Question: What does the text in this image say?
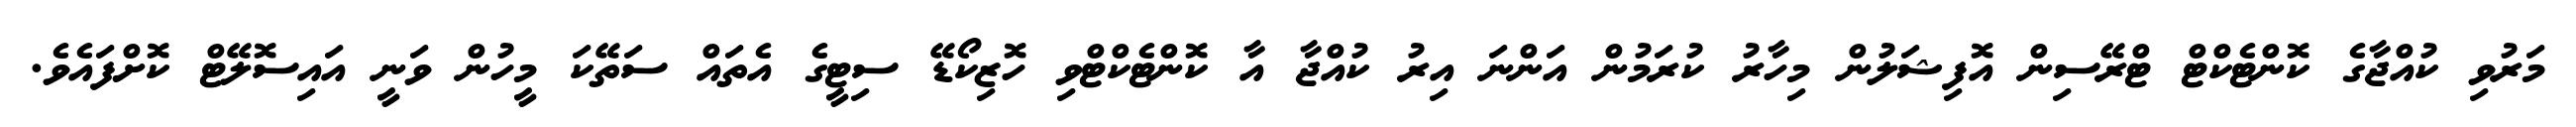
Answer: މަރުވި ކުއްޖާގެ ކޮންޓެކްޓް ޓްރޭސިން އޮފިޝަލުން މިހާރު ކުރަމުން އަންނަ އިރު ކުއްޖާ އާ ކޮންޓެކްޓްވި ހޮޒިކޯޑޭ ސިޓީގެ އެތައް ސަތޭކަ މީހުން ވަނީ އައިސޮލޭޓް ކޮށްފައެވެ.